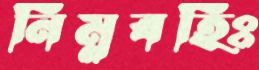
নিম্নবহিঃ